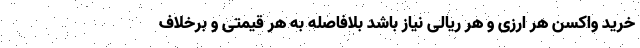
خرید واکسن هر ارزی و هر ریالی نیاز باشد بلافاصله به هر قیمتی و برخلاف